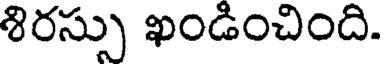
శిరస్సు ఖండించింది.